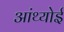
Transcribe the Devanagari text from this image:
आंथ्‍योई